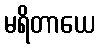
မရိတာယေ